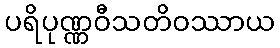
ပရိပုဏ္ဏဝီသတိဝဿာယ